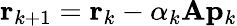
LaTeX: \mathbf{r}_{k+1}=\mathbf{r}_{k}-\alpha_{k}\mathbf{A}\mathbf{p}_{k}